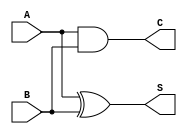
module conditional_half_adder (
    input wire A,    // Input 1
    input wire B,    // Input 2
    output wire S,   // Sum output
    output wire C    // Carry output
);

// Sum is the XOR of A and B
assign S = A ^ B;

// Carry is the AND of A and B
assign C = A & B;

endmodule